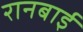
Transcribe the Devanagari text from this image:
रानबाई